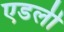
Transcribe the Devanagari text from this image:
एडली